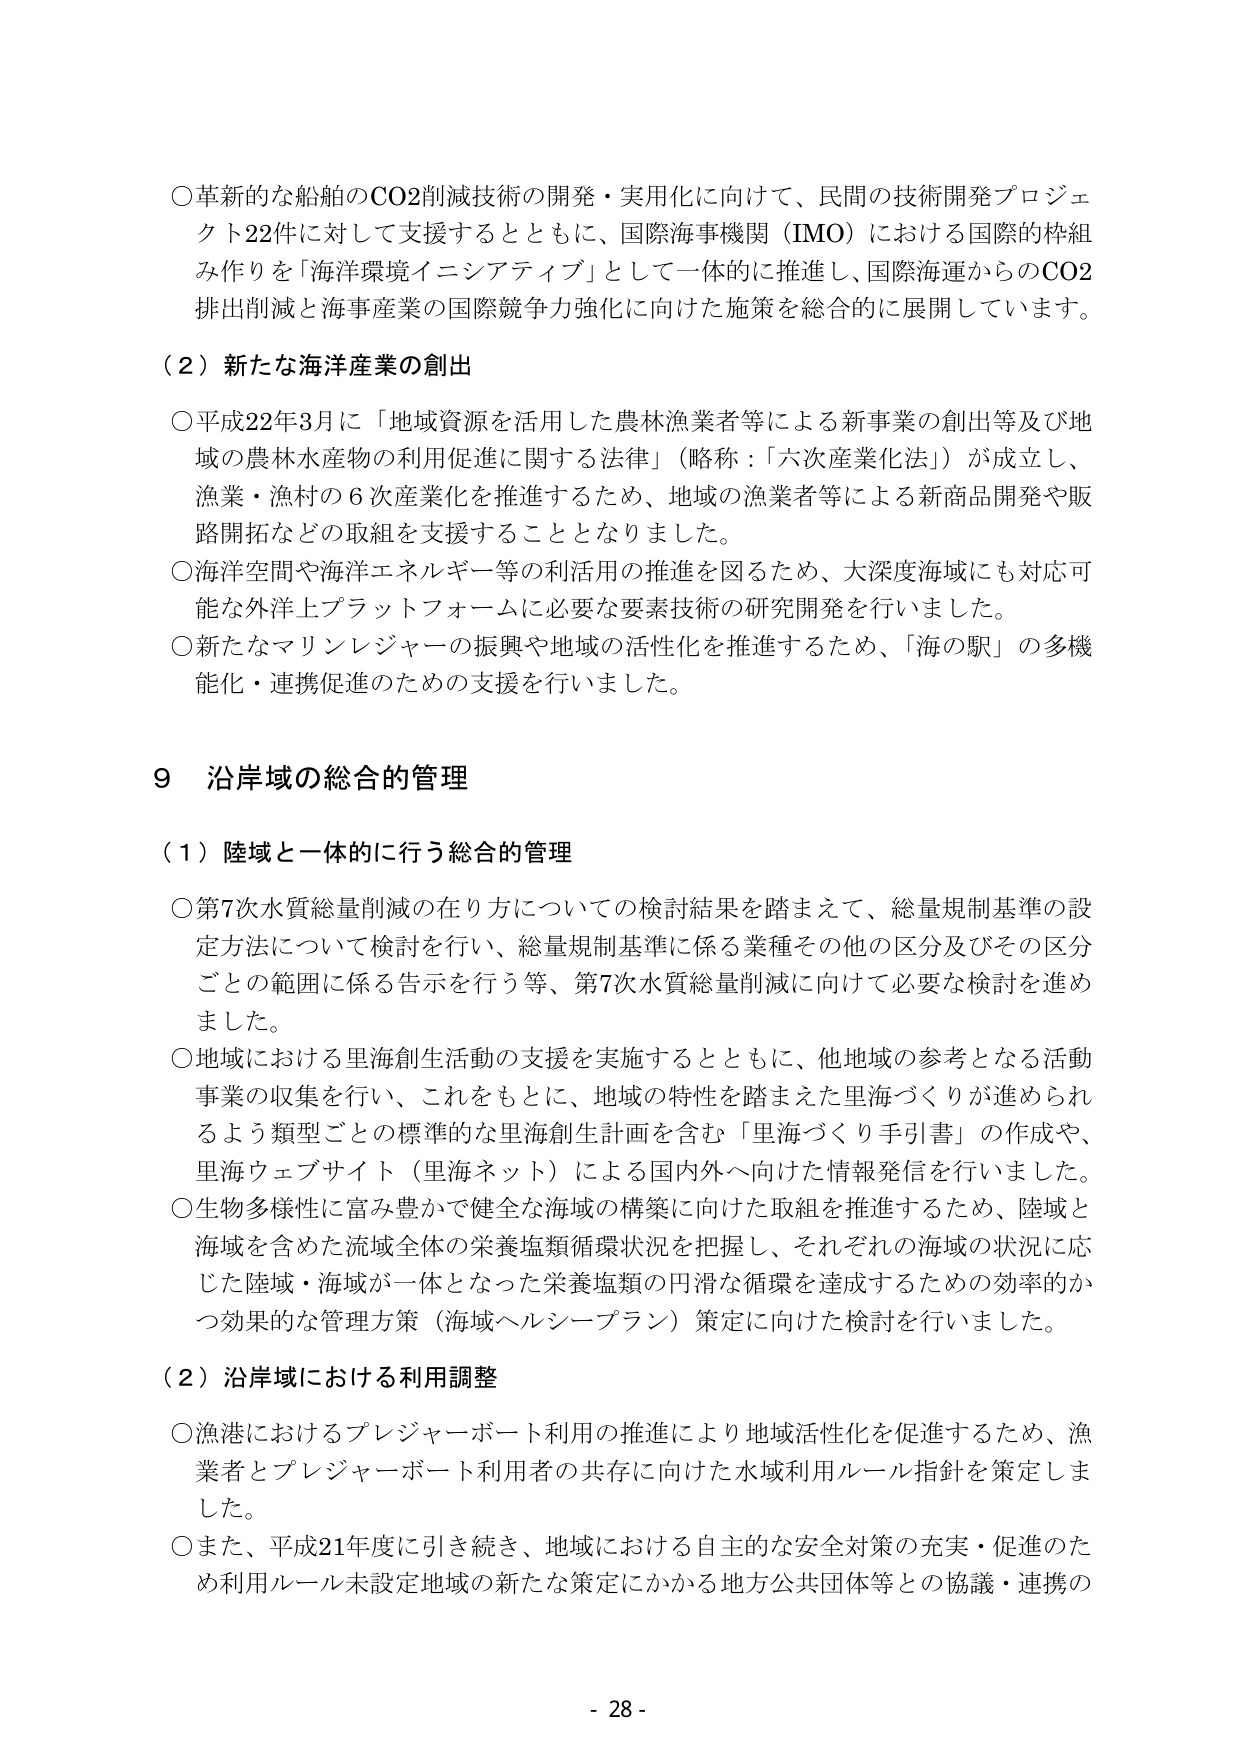
○革新的な船舶のCO2削減技術の開発・実用化に向けて、民間の技術開発プロジェクト22件に対して支援するとともに、国際海事機関（IMO）における国際的枠組み作りを「海洋環境イニシアティブ」として一体的に推進し、国際海運からのCO2排出削減と海事産業の国際競争力強化に向けた施策を総合的に展開しています。

（２）新たな海洋産業の創出

○平成22年3月に「地域資源を活用した農林漁業者等による新事業の創出等及び地域の農林水産物の利用促進に関する法律」（略称：「六次産業化法」）が成立し、漁業・漁村の６次産業化を推進するため、地域の漁業者等による新商品開発や販路開拓などの取組を支援することとなりました。

○海洋空間や海洋エネルギー等の利活用の推進を図るため、大深度海域にも対応可能な外洋上プラットフォームに必要な要素技術の研究開発を行いました。

○新たなマリンレジャーの振興や地域の活性化を推進するため、「海の駅」の多機能化・連携促進のための支援を行いました。

９ 沿岸域の総合的管理

（１）陸域と一体的に行う総合的管理

○第7次水質総量削減の在り方についての検討結果を踏まえて、総量規制基準の設定方法について検討を行い、総量規制基準に係る業種その他の区分及びその区分ごとの範囲に係る告示を行う等、第7次水質総量削減に向けて必要な検討を進めました。

○地域における里海創生活動の支援を実施するとともに、他地域の参考となる活動事業の収集を行い、これをもとに、地域の特性を踏まえた里海づくりが進められるよう類型ごとの標準的な里海創生計画を含む「里海づくり手引書」の作成や、里海ウェブサイト（里海ネット）による国内外へ向けた情報発信を行いました。

○生物多様性に富み豊かで健全な海域の構築に向けた取組を推進するため、陸域と海域を含めた流域全体の栄養塩類循環状況を把握し、それぞれの海域の状況に応じた陸域・海域が一体となった栄養塩類の円滑な循環を達成するための効率的かつ効果的な管理方策（海域ヘルシープラン）策定に向けた検討を行いました。

（２）沿岸域における利用調整

○漁港におけるプレジャーボート利用の推進により地域活性化を促進するため、漁業者とプレジャーボート利用者の共存に向けた水域利用ルール指針を策定しました。

○また、平成21年度に引き続き、地域における自主的な安全対策の充実・促進のため利用ルール未設定地域の新たな策定にかかる地方公共団体等との協議・連携の

- 28 -